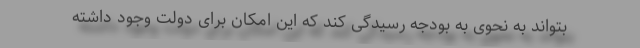
بتواند به نحوی به بودجه رسیدگی کند که این امکان برای دولت وجود داشته